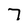
Character: 7